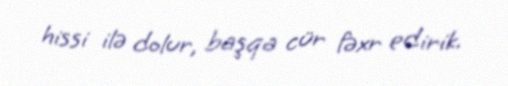
hissi ilə dolur, başqa cür fəxr edirik.